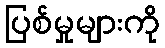
ပြစ်မှုများကို